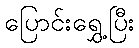
ပြောင်းရွှေ့ပြီး